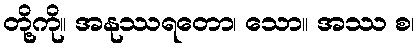
တို့ကို။ အနုဿရတော၊ သော။ အဿ စ၊